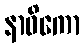
နာဝိကော